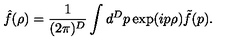
{ \hat { f } } ( \rho ) = \frac { 1 } { ( 2 \pi ) ^ { D } } \int d ^ { D } p \exp ( i p \rho ) { \tilde { f } } ( p ) .